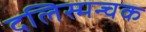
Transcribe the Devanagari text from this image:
दलिस्मन्चक